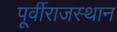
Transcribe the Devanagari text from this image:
पूर्वीराजस्थान